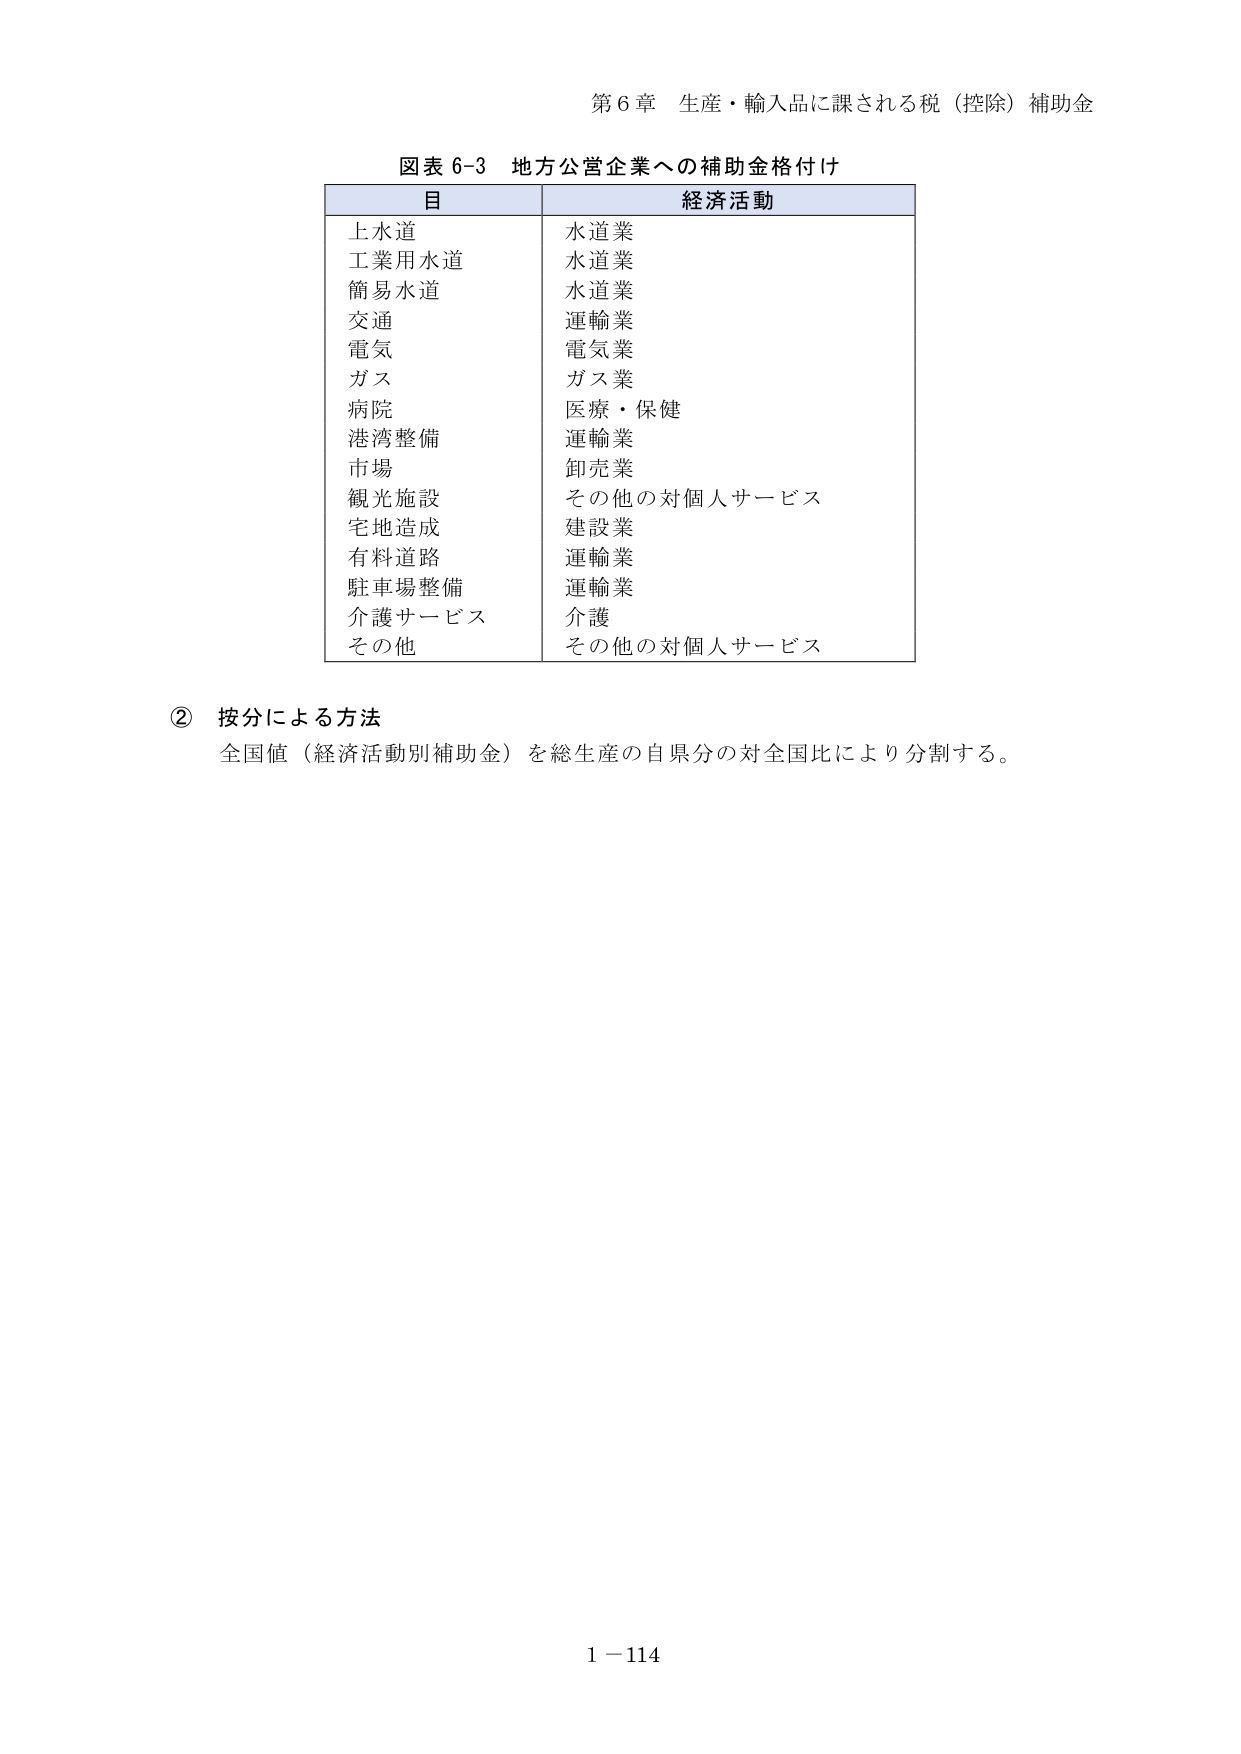
第６章 生産・輸入品に課される税（控除）補助金

図表 6-3 地方公営企業への補助金格付け

目 経済活動
上水道 水道業
工業用水道 水道業
簡易水道 水道業
交通 運輸業
電気 電気業
ガス ガス業
病院 医療・保健
港湾整備 運輸業
市場 卸売業
観光施設 その他の対個人サービス
宅地造成 建設業
有料道路 運輸業
駐車場整備 運輸業
介護サービス 介護
その他 その他の対個人サービス

② 按分による方法
全国値（経済活動別補助金）を総生産の自県分の対全国比により分割する。

1－114